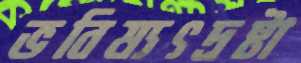
ভবিষ্যৎদ্রষ্টা